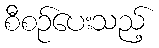
စီစဉ်ပေးသည့်